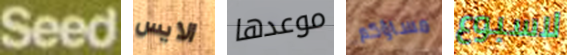
Seed الايس موعدها مساؤكم لاسبوع